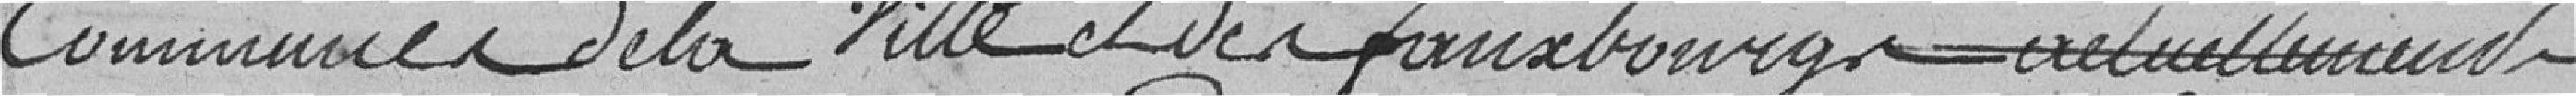
communes de la ville et des faubourgs actuellement